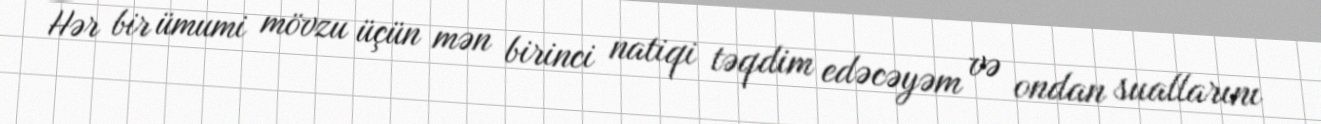
Hər bir ümumi mövzu üçün mən birinci natiqi təqdim edəcəyəm və ondan suallarını